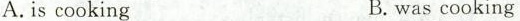
A.is cooking B.was cooking